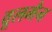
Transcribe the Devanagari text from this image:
वूलमैन